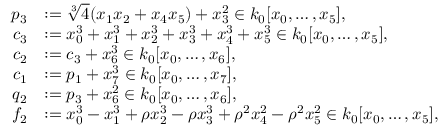
\begin{array} { r l } { p _ { 3 } } & { : = \sqrt [ 3 ] { 4 } ( x _ { 1 } x _ { 2 } + x _ { 4 } x _ { 5 } ) + x _ { 3 } ^ { 2 } \in k _ { 0 } [ x _ { 0 } , \dots , x _ { 5 } ] , } \\ { c _ { 3 } } & { : = x _ { 0 } ^ { 3 } + x _ { 1 } ^ { 3 } + x _ { 2 } ^ { 3 } + x _ { 3 } ^ { 3 } + x _ { 4 } ^ { 3 } + x _ { 5 } ^ { 3 } \in k _ { 0 } [ x _ { 0 } , \dots , x _ { 5 } ] , } \\ { c _ { 2 } } & { : = c _ { 3 } + x _ { 6 } ^ { 3 } \in k _ { 0 } [ x _ { 0 } , \dots , x _ { 6 } ] , } \\ { c _ { 1 } } & { : = p _ { 1 } + x _ { 7 } ^ { 3 } \in k _ { 0 } [ x _ { 0 } , \dots , x _ { 7 } ] , } \\ { q _ { 2 } } & { : = p _ { 3 } + x _ { 6 } ^ { 2 } \in k _ { 0 } [ x _ { 0 } , \dots , x _ { 6 } ] , } \\ { f _ { 2 } } & { : = x _ { 0 } ^ { 3 } - x _ { 1 } ^ { 3 } + \rho x _ { 2 } ^ { 3 } - \rho x _ { 3 } ^ { 3 } + \rho ^ { 2 } x _ { 4 } ^ { 2 } - \rho ^ { 2 } x _ { 5 } ^ { 2 } \in k _ { 0 } [ x _ { 0 } , \dots , x _ { 5 } ] , } \end{array}